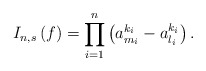
\begin{align*}I_{n,s}\left( f\right) =\prod_{i=1}^{n}\left(a_{m_{i}}^{k_{i}}-a_{l_{i}}^{k_{i}}\right) . \end{align*}